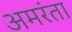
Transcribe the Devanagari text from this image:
अमरंता